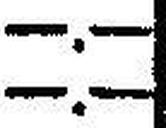
—.—